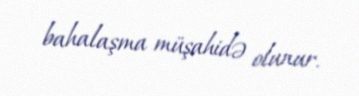
bahalaşma müşahidə olunur.